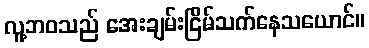
လူ့ဘဝသည် အေးချမ်းငြိမ်သက်နေသယောင်။